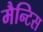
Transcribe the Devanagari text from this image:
मैन्टिस